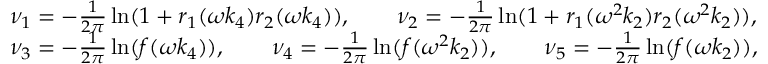
\begin{array} { r l } & { \nu _ { 1 } = - \frac { 1 } { 2 \pi } \ln ( 1 + r _ { 1 } ( \omega k _ { 4 } ) r _ { 2 } ( \omega k _ { 4 } ) ) , \qquad \nu _ { 2 } = - \frac { 1 } { 2 \pi } \ln ( 1 + r _ { 1 } ( \omega ^ { 2 } k _ { 2 } ) r _ { 2 } ( \omega ^ { 2 } k _ { 2 } ) ) , } \\ & { \nu _ { 3 } = - \frac { 1 } { 2 \pi } \ln ( f ( \omega k _ { 4 } ) ) , \qquad \nu _ { 4 } = - \frac { 1 } { 2 \pi } \ln ( f ( \omega ^ { 2 } k _ { 2 } ) ) , \qquad \nu _ { 5 } = - \frac { 1 } { 2 \pi } \ln ( f ( \omega k _ { 2 } ) ) , } \end{array}